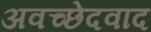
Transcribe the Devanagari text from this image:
अवच्छेदवाद